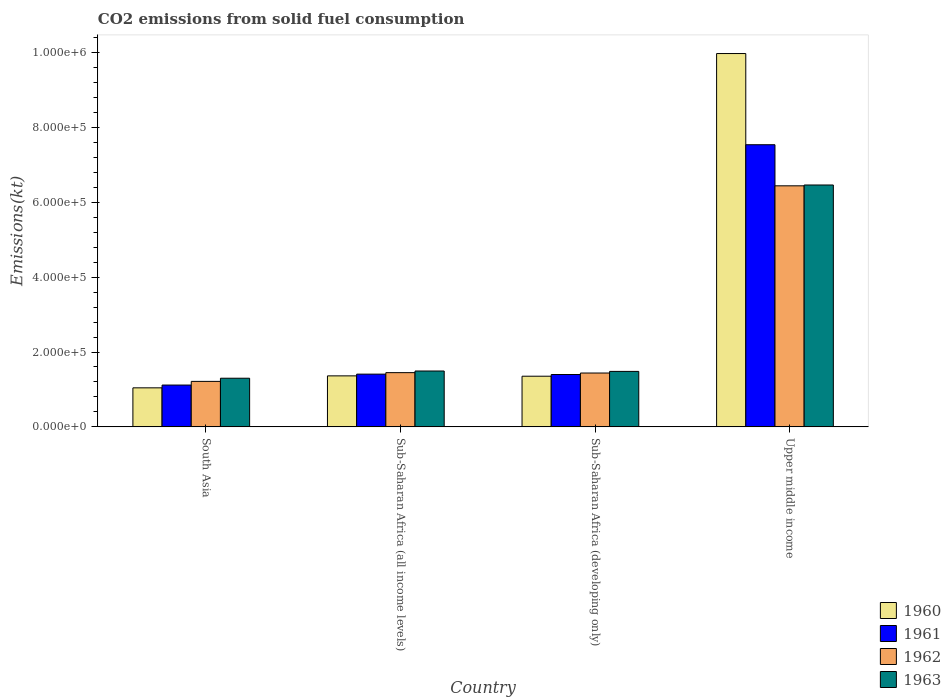
| Country | 1960 | 1961 | 1962 | 1963 |
 | --- | --- | --- | --- | --- |
 | South Asia | 1.04e+05 | 1.12e+05 | 1.22e+05 | 1.3e+05 |
 | Sub-Saharan Africa (all income levels) | 1.36e+05 | 1.41e+05 | 1.45e+05 | 1.49e+05 |
 | Sub-Saharan Africa (developing only) | 1.35e+05 | 1.4e+05 | 1.44e+05 | 1.48e+05 |
 | Upper middle income | 9.97e+05 | 7.54e+05 | 6.44e+05 | 6.46e+05 |